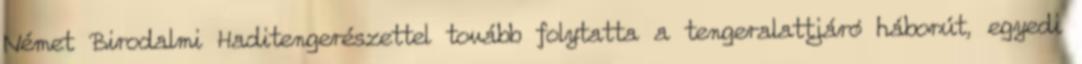
Német Birodalmi Haditengerészettel tovább folytatta a tengeralattjáró háborút, egyedi